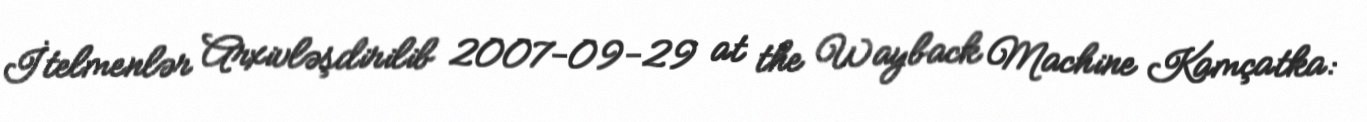
İtelmenlər Arxivləşdirilib 2007-09-29 at the Wayback Machine Kamçatka: